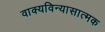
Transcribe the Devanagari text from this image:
वाक्यविन्यासात्मक